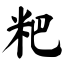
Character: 粑